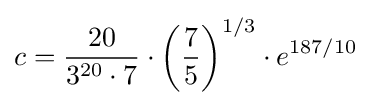
c={\frac {20}{3^{20}\cdot 7}}\cdot {\bigg (}{\frac {7}{5}}{\bigg )}^{1/3}\cdot e^{187/10}